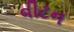
વીટન